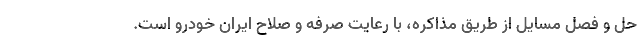
حل و فصل مسایل از طریق مذاکره، با رعایت صرفه و صلاح ایران خودرو است.